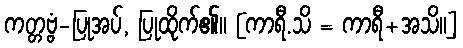
ကတ္တဗ္ဗံ-ပြုအပ်, ပြုထိုက်၏။ [ကာရီ.သိ = ကာရီ+အသိ။]